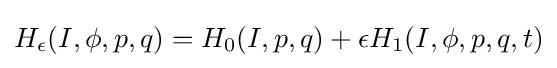
H_{\epsilon }(I,\phi ,p,q)=H_{0}(I,p,q)+\epsilon H_{1}(I,\phi ,p,q,t)